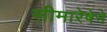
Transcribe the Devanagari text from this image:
सीमारेषेने